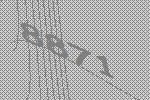
8871